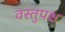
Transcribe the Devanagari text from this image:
वस्तुपक्ष